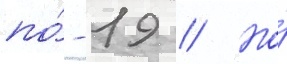
по́ -19 // Но́